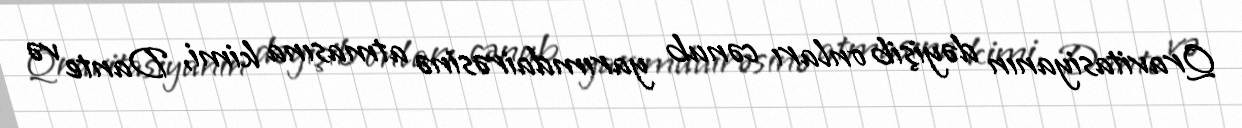
Qravitasiyanın dəyişib onları cənub yarımdairəsinə atmasına kimi, Dante və